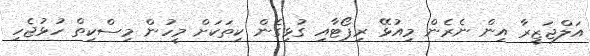
އަލްޖަޒީރާ އިން ނެރެން މިއުޅޭ ރިޕޯޓާއި ގުޅިގެން ކިތަކަށް މީހުން މިސްކިތް ހުޅުޖެހި